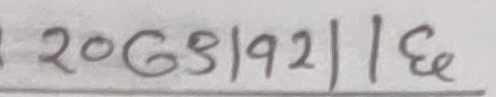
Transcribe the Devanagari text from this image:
२0G८|९२||६e